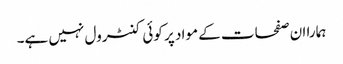
ہمارا ان صفحات کے مواد پر کوئی کنٹرول نہیں ہے۔